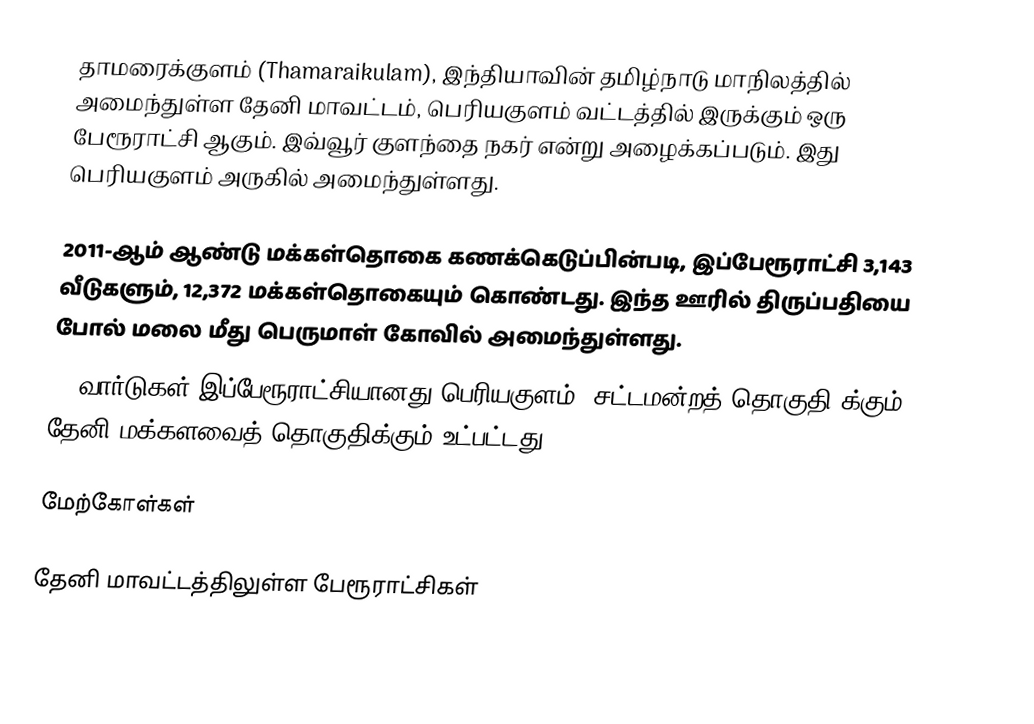
தாமரைக்குளம் (Thamaraikulam), இந்தியாவின் தமிழ்நாடு மாநிலத்தில் அமைந்துள்ள தேனி மாவட்டம், பெரியகுளம் வட்டத்தில் இருக்கும் ஒரு பேரூராட்சி ஆகும். இவ்வூர் குளந்தை நகர் என்று அழைக்கப்படும். இது பெரியகுளம் அருகில் அமைந்துள்ளது.

2011-ஆம் ஆண்டு மக்கள்தொகை கணக்கெடுப்பின்படி, இப்பேரூராட்சி 3,143 வீடுகளும், 12,372 மக்கள்தொகையும் கொண்டது. இந்த ஊரில் திருப்பதியை பாேல் மலை மீது பெருமாள் காேவில் அமைந்துள்ளது.
15 வார்டுகள் இப்பேரூராட்சியானது பெரியகுளம் (சட்டமன்றத் தொகுதி)க்கும், தேனி மக்களவைத் தொகுதிக்கும் உட்பட்டது.

மேற்கோள்கள்

தேனி மாவட்டத்திலுள்ள பேரூராட்சிகள்